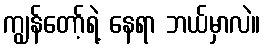
ကျွန်တော့်ရဲ့ နေရာ ဘယ်မှာလဲ။